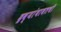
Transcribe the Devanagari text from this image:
द्रव्यांबाबतची